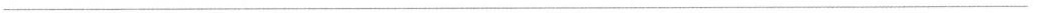
___